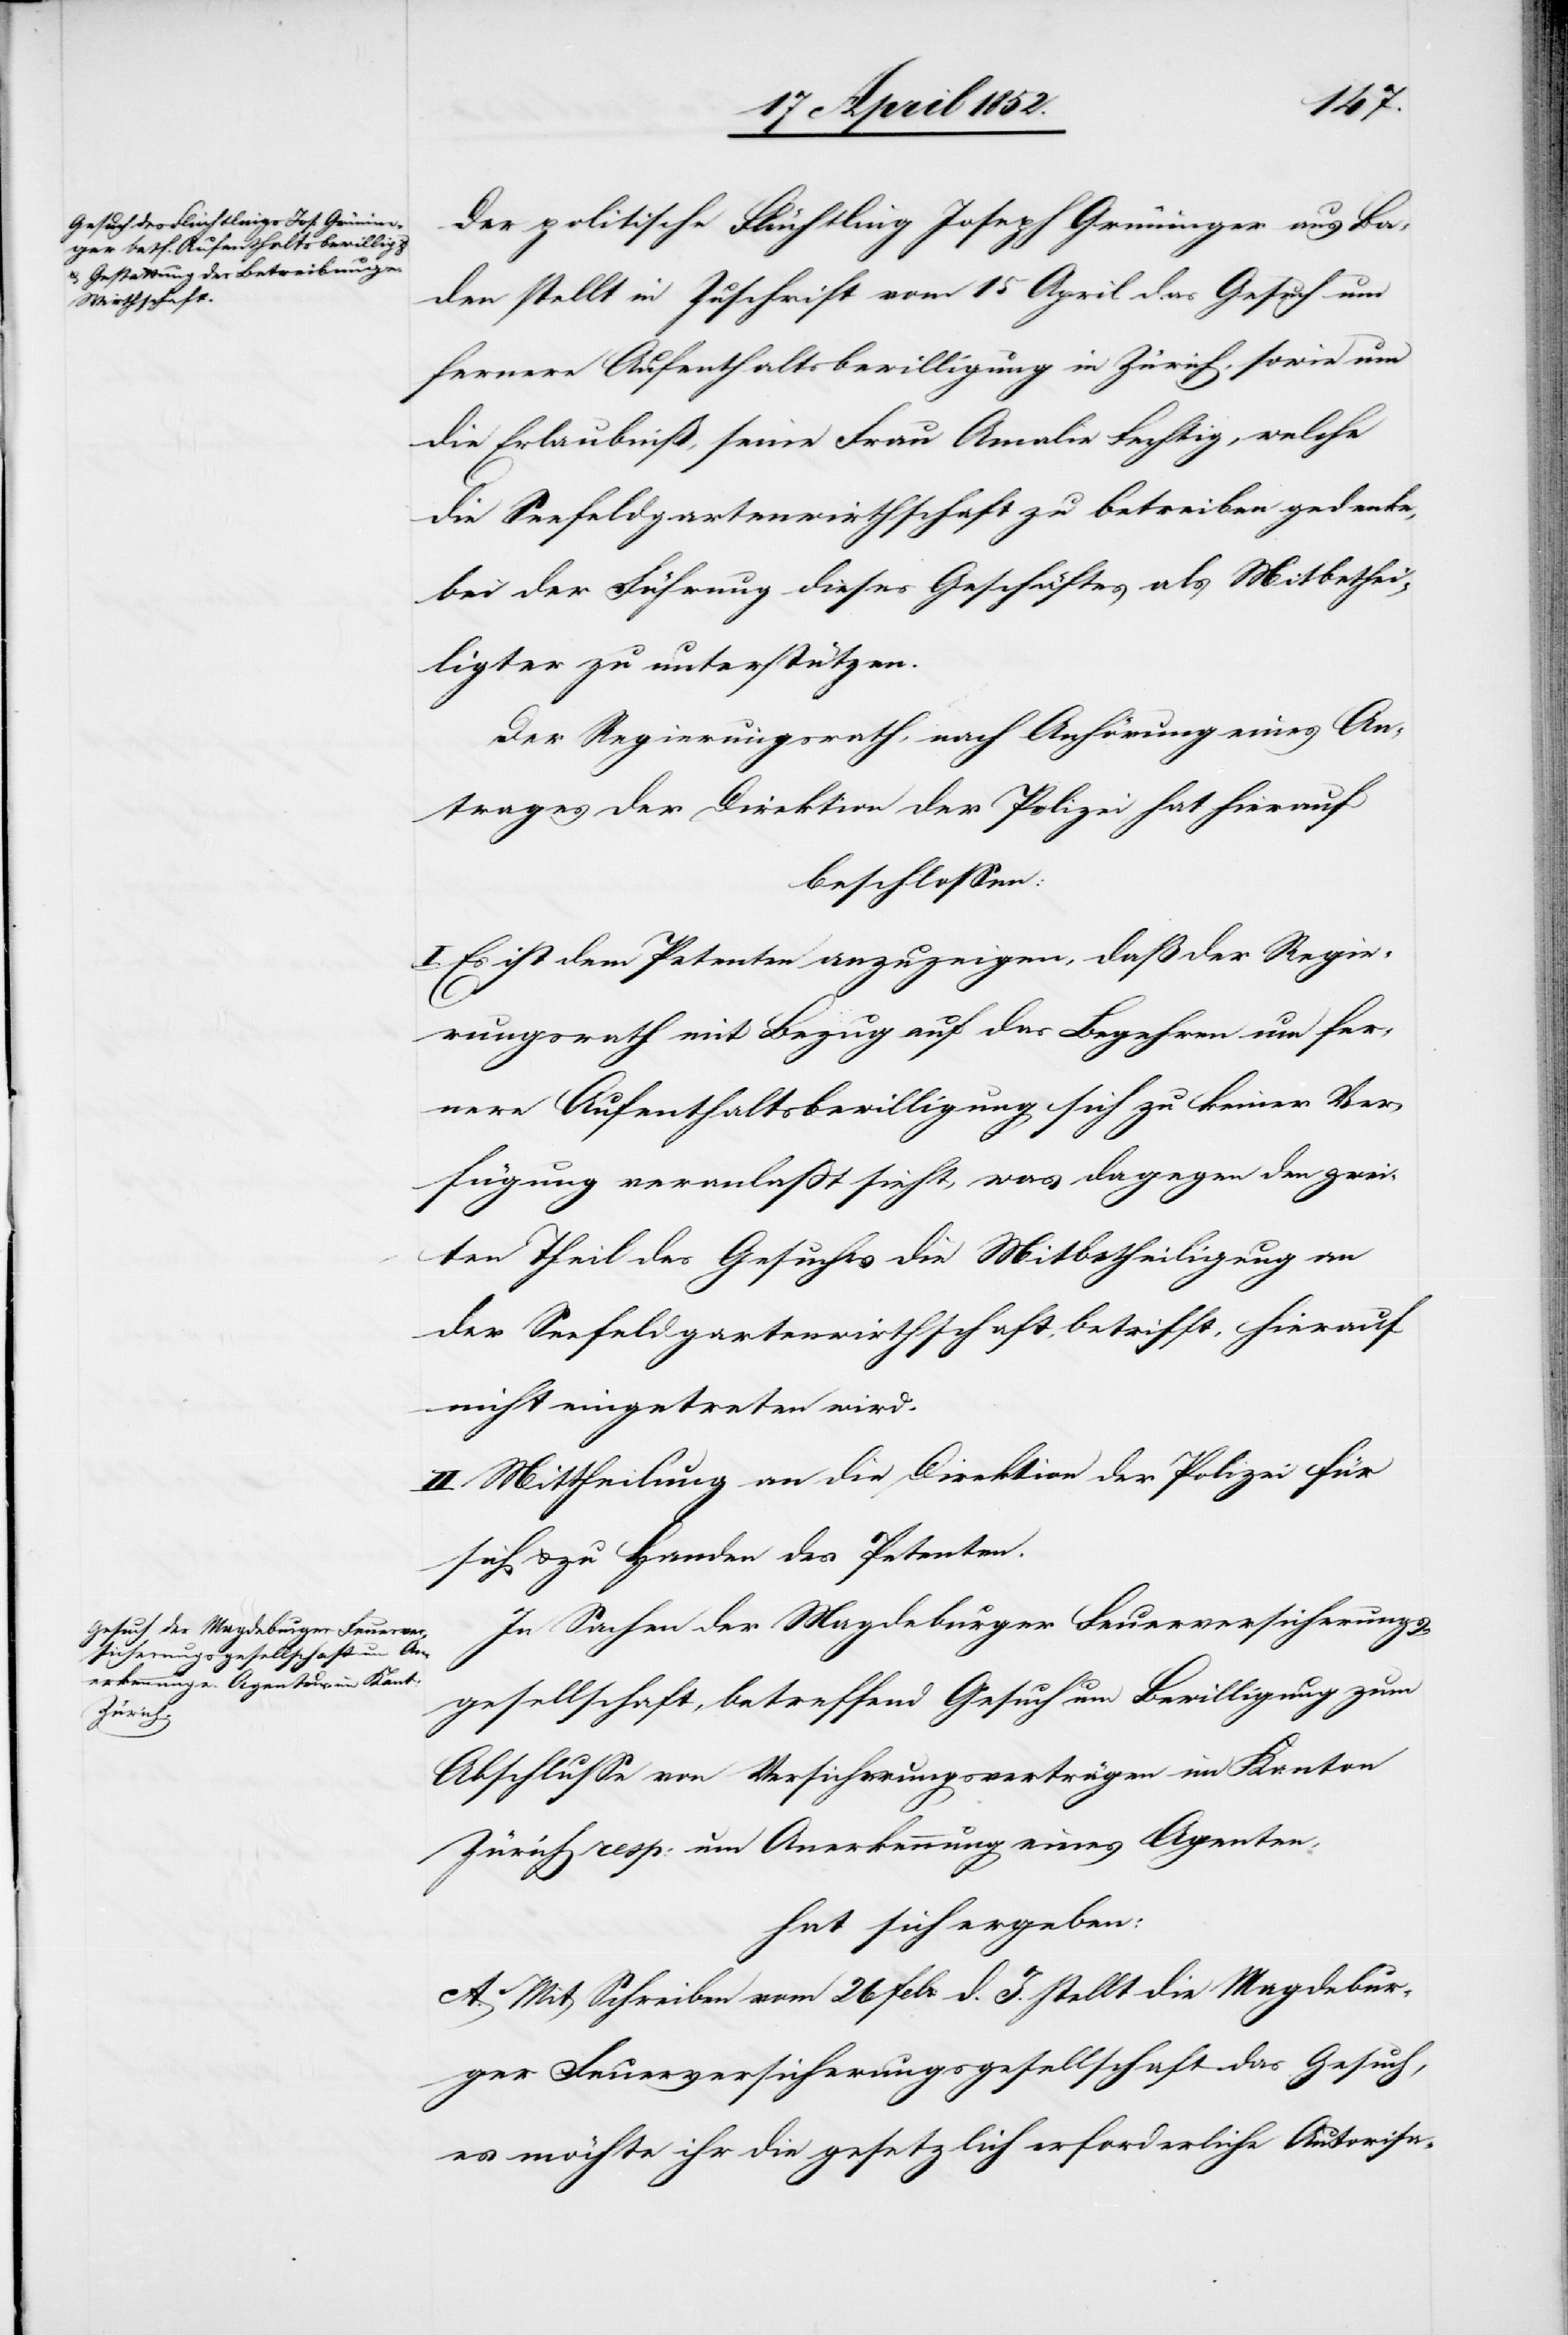
Der politische Flüchtling Joseph Grüninger aus Ba¬
den stellt in Zuschrift vom 15 April das Gesuch um
fernere Aufenthaltsbewilligung in Zürich, sowie um
die Erlaubniß, seine Frau Amalie Fechtig, welche
die Seefeldgartenwirthschaft zu betreiben gedenke,
bei der Führung dieses Geschäftes als Mitbethei¬
ligter zu unterstützen.
Der Regierungsrath, nach Anhörung eines An¬
trages der Direktion der Polizei hat hierauf
beschlossen:
I. Es ist dem Petenten anzuzeigen, daß der Regie¬
rungsrath mit Bezug auf das Begehren um fer¬
nere Aufenthaltsbewilligung sich zu keiner Ver¬
fügung veranlasst sieht, was dagegen den zwei¬
ten Theil des Gesuches die Mitbetheiligung an
der Seefeldgartenwirthschaft, betrifft, hierauf
nicht eingetreten wird.
II. Mittheilung an die Direktion der Polizei für
sich & zu Handen des Petenten.
In Sachen der Magdeburger Feuerversicherungs¬
gesellschaft, betreffend Gesuch um Bewilligung zum
Abschlusse von Versicherungsverträgen im Kanton
Zürich resp: um Anerkennung eines Agenten,
hat sich ergeben:
A. Mit Schreiben vom 26 Febr: d. J. stellt die Magdebur¬
ger Feuerversicherungsgesellschaft das Gesuch,
es möchte ihr die gesetzlich erforderliche Autorisa-